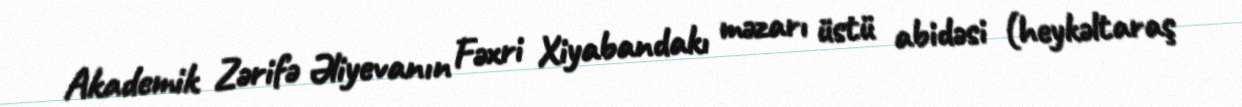
Akademik Zərifə Əliyevanın Fəxri Xiyabandakı məzarı üstü abidəsi (heykəltaraş